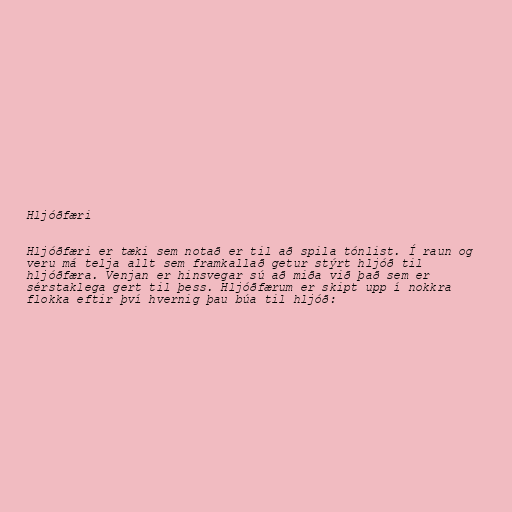
Hljóðfæri

Hljóðfæri er tæki sem notað er til að spila tónlist. Í raun og
veru má telja allt sem framkallað getur stýrt hljóð til
hljóðfæra. Venjan er hinsvegar sú að miða við það sem er
sérstaklega gert til þess. Hljóðfærum er skipt upp í nokkra
flokka eftir því hvernig þau búa til hljóð: